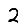
Digit: 2